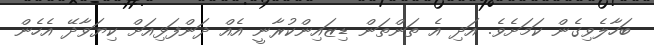
ބަހާލެވިގެން ކަމަށެވެ. އަދި އެ ތަންތަން ޑިޒައިންކުރާނީ އެއް ދަންފަޅިއަށް ކިޔަވާދޭ އެހެން